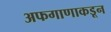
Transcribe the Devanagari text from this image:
अफगाणाकडून